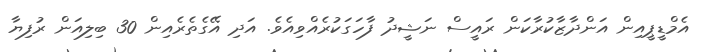
އެމްޑީޕީއިން އަންދާޒާކުރާކަން ރައީސް ނަޝީދު ފާހަގަކުރެއްވިއެވެ. އަދި އޭގެތެރެއިން 30 ބިލިއަން ރުފިޔާ